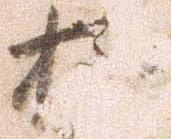
抑